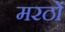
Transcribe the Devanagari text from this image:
मरठों